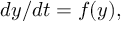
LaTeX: d y / d t = f ( y ) ,